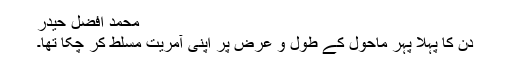
محمد افضل حیدر
دِن کا پہلا پہر ماحول کے طول و عرض پر اپنی آمریت مسلط کر چکا تھا۔